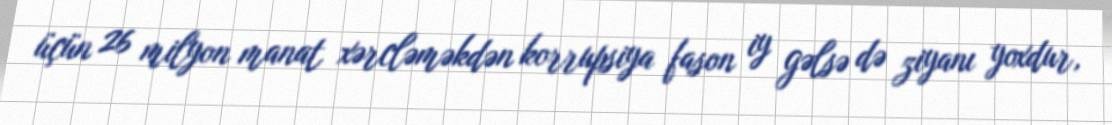
üçün 26 milyon manat xərcləməkdən korrupsiya fason iy gəlsə də ziyanı yoxdur,